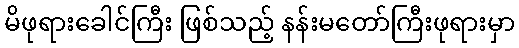
မိဖုရားခေါင်ကြီး ဖြစ်သည့် နန်းမတော်ကြီးဖုရားမှာ